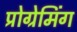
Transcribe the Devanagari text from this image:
प्रोग्रेमिंग